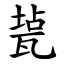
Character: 㼭